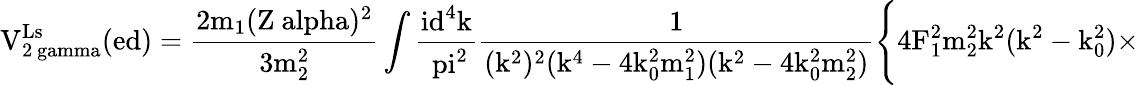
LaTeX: \mathrm{V_{2\ gamma}^{Ls}(ed)=\frac{2m_{1}(Z\ alpha)^{2}}{3m_{2}^{2}}\int\frac{id^{4}k}{\ pi^{2}}\frac{1}{(k^{2})^{2}(k^{4}-4k_{0}^{2}m_{1}^{2})(k^{2}-4k_{0}^{2}m_{2}^{2})}\Biggl\{ 4F_{1}^{2}m_{2}^{2}k^{2}(k^{2}-k_{0}^{2})\times}